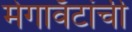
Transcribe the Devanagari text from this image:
मेगावॅटांची